Vital statistics of India. Vol. IV, Annual returns from 1871 to 1876. British Army of India, Native Army and jails of Bengal
Year: 1871
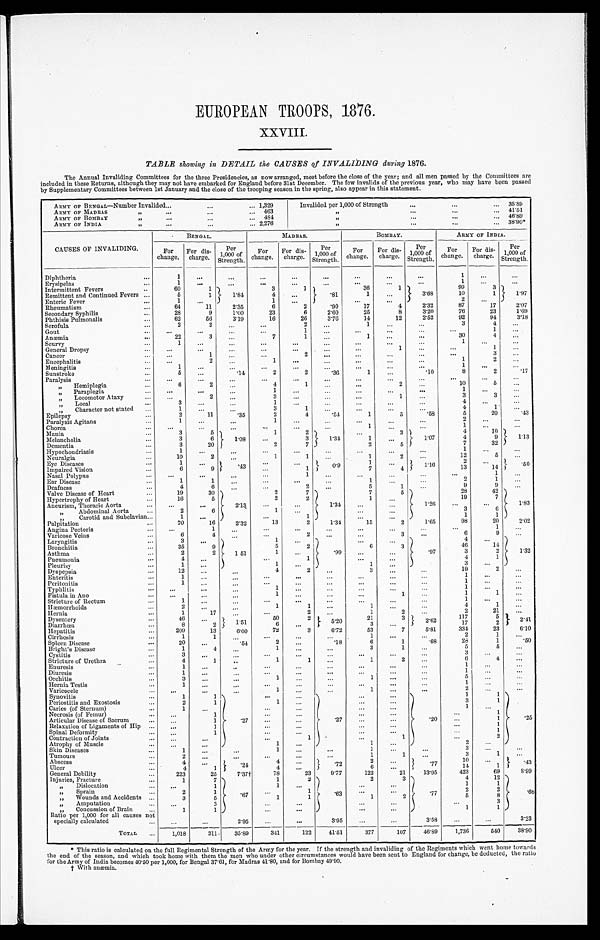
EUROPEAN TROOPS, 1876.
XXVIII.
TABLE showing in DETAIL the CAUSES of INVALIDING during 1876.
The Annual Invaliding Committees for the three Presidencies, as now arranged, meet before the close of the year; and all men passed by the Committees are
included in these Returns, although they may not have embarked for England before 31st December. The few invalids of the previous year, who may have been passed
by Supplementary Committees between 1st January and the close of the trooping season in the spring, also appear in this statement.
ARMY OF BENGAL—Number Invalided.
...
...
... 1,329
Invalided per 1,000 of Strength
...
. . .
... 35'89
ARMY OF MADRAS
, ,
...
. . . ...
... 463
,,
...
...
. . . 41'51
ARMY OF BOMBAY
,,
...
...
... 484
,,
. . . ...
...
... 46'89
ARMY OF INDIA
, ,
. . .
. . .
... 2,276
, ,
. . .
...
. .
... 38.90*
CAUSES OF INVALIDING
BENGAL.
MADRAS.
BOMBAY.
ARMY OF INDIA.
For
change.
For die-
charge.
Per
1, 000 of Strength. For
change.
For dis-
charge.
Per
1, 000 of Strength
For
change.
For dis-
charge.
Per
1, 000 of Strength.
For
change.
For dis-
charge. Strength.
Per
1, 000 of St r engt h.
Diphtheria
...
1
..
. . .
...
...
...
...
. . .
...
1
. . .
...
Erysipelas
. . .
1
. . .
. . .
...
...
. . .
...
...
...
1
...
...
Intermittent Fevers
. . .
60
1
1'84
3
1
.81
36
1
3'68
99
3
1'97
Remittent and Continued Fevers ...
5
1
4
. . .
1
. . .
10
1
Enteric Fever
...
1
...
1
. . .
...
... .
2
...
Rheumatism
...
64
11
2.35
6
2
'90
17
4
2'32
87
17
2'07
Secondary Syphilis
. . .
28
9
1'00
23
6
2 . 6 0
25
8
3.20
76
23
1.69
Phthisis Pulmonalis
. . .
62
56
3'19
16
26
3.76
14
12
2'52
92
94
3.18
Serofula
. . .
2
2
...
...
2
...
1
...
...
3
4
...
Gout
...
...
...
...
...
1
...
...
...
...
. . .
1
..
Anæmia
...
22
3
...
7
1
. . .
1
...
...
30
4
...
Scurvy
. . .
1
. . .
. .
...
. . .
. . .
. . .
. . . ...
1
. . .
. . .
General Dropsy
. . .
. . .
. . .
...
...
...
...
1
...1
...
1
...
Cancer
...
. . .
1
...
...
2
. . .
...
...
•..
1
3
...
Encephalitis
...
...
2
...
1
...
...
. .
...
. . .
1 . . .
2 ...
Meningitis
. . .
1
. . .
. . .
. . .
...
...
...
...
...
1
... •
...
Sunstroke
. .
5
...
.14
2
2
'36
1 ...
'10
. .
2
'17
Paralysis
. . .
. . .
. . .
. . .
...
...
...
...
...
. . .
...
. . .
. . .
, ,
Hemiplegia
. . .
6
2 ...
4
1
. . .
...
2
...
1 0
5 ...
, ,
Paraplegia
. . .
. . .
...
. . .
1
....
...
. . .
...
...
1
...
. . .
,,
Locomotor Ataxy
...
...
2
..
3
. . .
...
...
1
...
3
3
...
„ Local
. . .
3
. . . ...
1
. . . ...
. . .
...
...
4
. . .
. . .
, ,
Character not stated ...
1
. . . ...
3
1
. . .
...
...
...
4
1
...
Epilepsy
. . .
2
11
.35
2
4
.54
1
5
.58
5
2 0 .43
Paralysis Agitans
. . .
1
...
. . .
1
. . .
...
...
...
...
2
...
. . .
Chorea
. . .
. . .
. . .
...
. . . ...
...
1
...
. . .
1
...
...
Mania
. . .
3
5
1.08
1
2
1'34
...
3
1'07
4
1 0
1. 13
Melancholia
...
3
6
. . .
3
1
. . .
7
. . .
Dementia
. . .
3
20
...
2
7
. . .
2
5
. .
. . .
32 ...
Hypochoudriasis
. . .
1
...
...
. . .
...
...
. . .
...
...
1
. . . ...
Neuralgia
. . .
10
2
. ..
1
1 ..
1
2
...
12
5 ...
Eye Diseases
...
1
. . .
. 43
. . .
. . .
0'9
1
. . . 1 . 1 6 1 1 6
2
. . . .50
Impaired Vision
. . .
6
9
. . .
1
7
4
13
14
Nasal Polypus
. . ...
...
. . .
...
1
...
. . .
. . .
...
...
1 ...
Ear Disease
. . .
1
1
...
...
...
...
1
. . .
...
2
1 ...
Deafness
...
4
6
...
. . .
2 ...
5
1 ...
9
9
. . .
Valve Disease of Heart
. . .
19
30
2.13
2
7
1'34
7
5
1'26
2 8
42
1.83
Hypertrophy of Heart
...
16
5
2
2
1 ...
19
7
Aneurism, Thoracic Aorta
. . .
. . .
...
...
...
...
...
. . .
...
, ,
Abdominal Aorta
...
2
6
1
. . .
. . .
. . .
3
6
, , Carotid and Subclavian...
1
. . .
. . .
. .
. . .
...
1 . .
1 . . .
Palpitation
...
70
16
2'32
13
2
1.34
15
2
1'65
98
20
2'02
Angina Pectoris
. . . ...
1
...
...
...
. . .
. . .
. . .
. . .
... 6
1
. . .
Varicose Veins
...
6
4
...
. . .
2 ...
. . .
3
. . .
6
9
. . .
Laryngitis
...
3
...
1 51
1
. . .
. 9 9
. . .
.97
4
. . .
1.32
Bronchitis
...
35
9
5
2
6 3
4 6
1 4
Asthma
. . .
2
2
1
. . .
...
...
3
2
Pneumonia
. . .
4
...
...
1
. . .
. . .
4
Pleurisy
. . .
1
...
1
...
1
. . .
3
. . .
Dyspepsia
. . .
12
...
...
4
2
. . .
3 ...
...
1 9
2
...
Enteritis
. . .
1
...
...
...
. . .
. .
. . .
. .
. . .
1
. . .
...
Peritonitis
. .
1
...
...
...
. . .
. . .
. . .
. . .
...
1
. . .
...
Typ hlitis
. . . ...
...
...
1
...
. . .
. . . ..
...
1
1
...
Fistula in Ano
. . .
...
. .
...
1
. . .
. . . 1
. . .
1
. . .
...
Stricture of Rectum
. . .
1
...
...
. . .
. .
. . .
. .
. . .
. . .
4
1
. . .
Hæ morrhoids
. . .
2
. . .
...
1
1 ...
1
. . .
...
2
21
...
Hernia
. . .
1
17
...
...
2 ...
1
2
...
2
2 1
...
Dysentery
...
46
. . .
1 . 5 1
50
2
5 . 2 0
21
3
2'62
117
5 2.41
Diarrhœa
. . .
8
2
6
...
3
...
1 7
2
Hepatitis
. . .
209
13
6.00
72
3
6.72
53
7
5'81
3 3 4
2 3 6.10
Cirrhosis
...
1
1
...
...
...
...
1
. . .
. . .
2
1
. . .
Spleen Disease
. . .
20
...
.54
2
...
.18
6
1
. 6 8
28
1
'50
Bright's Disease
. . .
1
4
. . .
1
. . . ...
3
1
...
5
5
. . .
Cystitis
. . .
3
...
...
...
...
...
...
...
...
3
. . .
...
Stricture of Urethra
...
4
1
...
1
1
...
1
2
. . .
6
4
..
Enuresis
. . .
1
. . .
. . .
...
...
...
...
. . . ...
1
...
. . .
Diuresis
...
1
. . .
. . .
...
. . .
. .
...
...
...
1
. . .
. . .
Orchitis
...
3
. . .
. . .
1
...
...
1
. . .
...
5
...
...
Hernia Testi
...
1
. .
. . .
...
...
. . .
...
...
...
1
. . .
...
Varicocele
. . . ...
...
...
1
...
...
1 ...
...
2
. . .
...
Synovitis
. . .
1
1
.27
. . . ...
.27
...
...
.20
1
1
.25
Periostitis and Exostosis
...
2
1
1
. . .
...
...
3
1
Caries (of Sternum)
...
1
. . .
. . . ...
...
. . .
1
. . .
Necrosis (of Femur)
. . .
. .
1
. . .
...
...
...
...
1
Articular Disease of Sacrum
. . .
...
1
. . .
...
...
...
...
1
Relaxation of Ligaments of Hip ...
...
1
. . .
...
... ...
. . .
1
Spinal Deformity
. . . ...
1
...
. . .
. . .
. . .
. . .
1
Contraction of Joints
. . . ...
. . .
...
1
... 1...
. . .
2
Atrophy of Muscle
. . .
. . .
. . .
1 . . .
...
1
...
2
. . .
Skin Diseases
. . .
1
...
...
1
. . . ...
1
...
...
1
1
...
Tumours
. . .
2
. .
. . .
...
...
1
1 . . .
. . .
3
. . .
...
Abscess
. . .
4
. . .
. 2 4
4
. . .
.72
2
. . .
'77
10
...
. 4 3
Ulcer
. . .
4
1
4
...
6
...
14
1
General Debility
. . .
223
25
7.37†
78
23
9'77
122
21
13.95
423
69
. 6 8
Injuries, Fractur
. . .
1
7
. 6 7
1
2
'63
2
3
. 7 7
4
1 2
„
Dislocation
. . . ...
1
1
... ...
1
1 . . .
„
Sprain
...
2
1
...
1
. ..
. . .
2
2
, ,
Wounds and Accidents ...
3
5
1
1
1
2
5
8
3
,,
Amputation
...
. .
3
. . .
. . .
. . .
...
. . .
. . .
, ,
Concussion of Brain
...
1
1
. . .
. . .
. . .
. . .
1
1
Ratio per 1,000 for all causes not
...
...
2'95
. . .
...
3'95
...
...
3'58
...
...
3'23
specially calculated
. . .
TOTAL ,..
1,018
311
35'89
341
122
11'51
377
107
46.89
1,736
540
38'90
‫٭‬
This ratio is calculated on the full Regimental Strength of the Army for the year. If the strength and invaliding of the Regiments which went home towards
the end of the season, an d which took home with them the men who under other circumstances would have been sent to England for change, be deducted, the ratio
for the Army of India becomes 40'50 per 1,000, for Bengal 37'61, for Madras 41'80, and for Bombay 49'90.
† W i t h a n æ m i a .